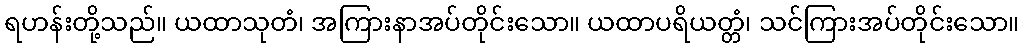
ရဟန်းတို့သည်။ ယထာသုတံ၊ အကြားနာအပ်တိုင်းသော။ ယထာပရိယတ္တံ၊ သင်ကြားအပ်တိုင်းသော။